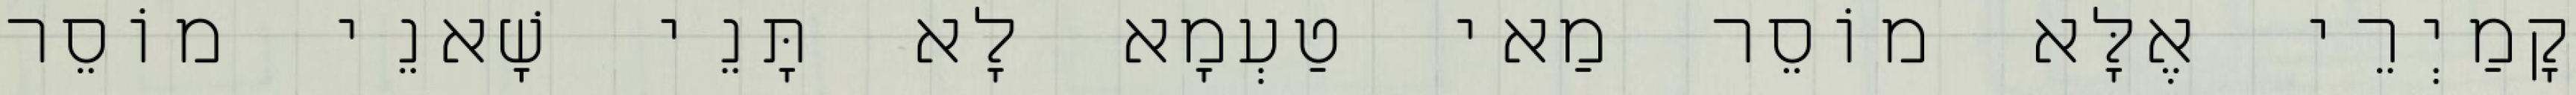
קָמַיְרֵי אֶלָּא מוֹסֵר מַאי טַעְמָא לָא תָּנֵי שָׁאנֵי מוֹסֵר